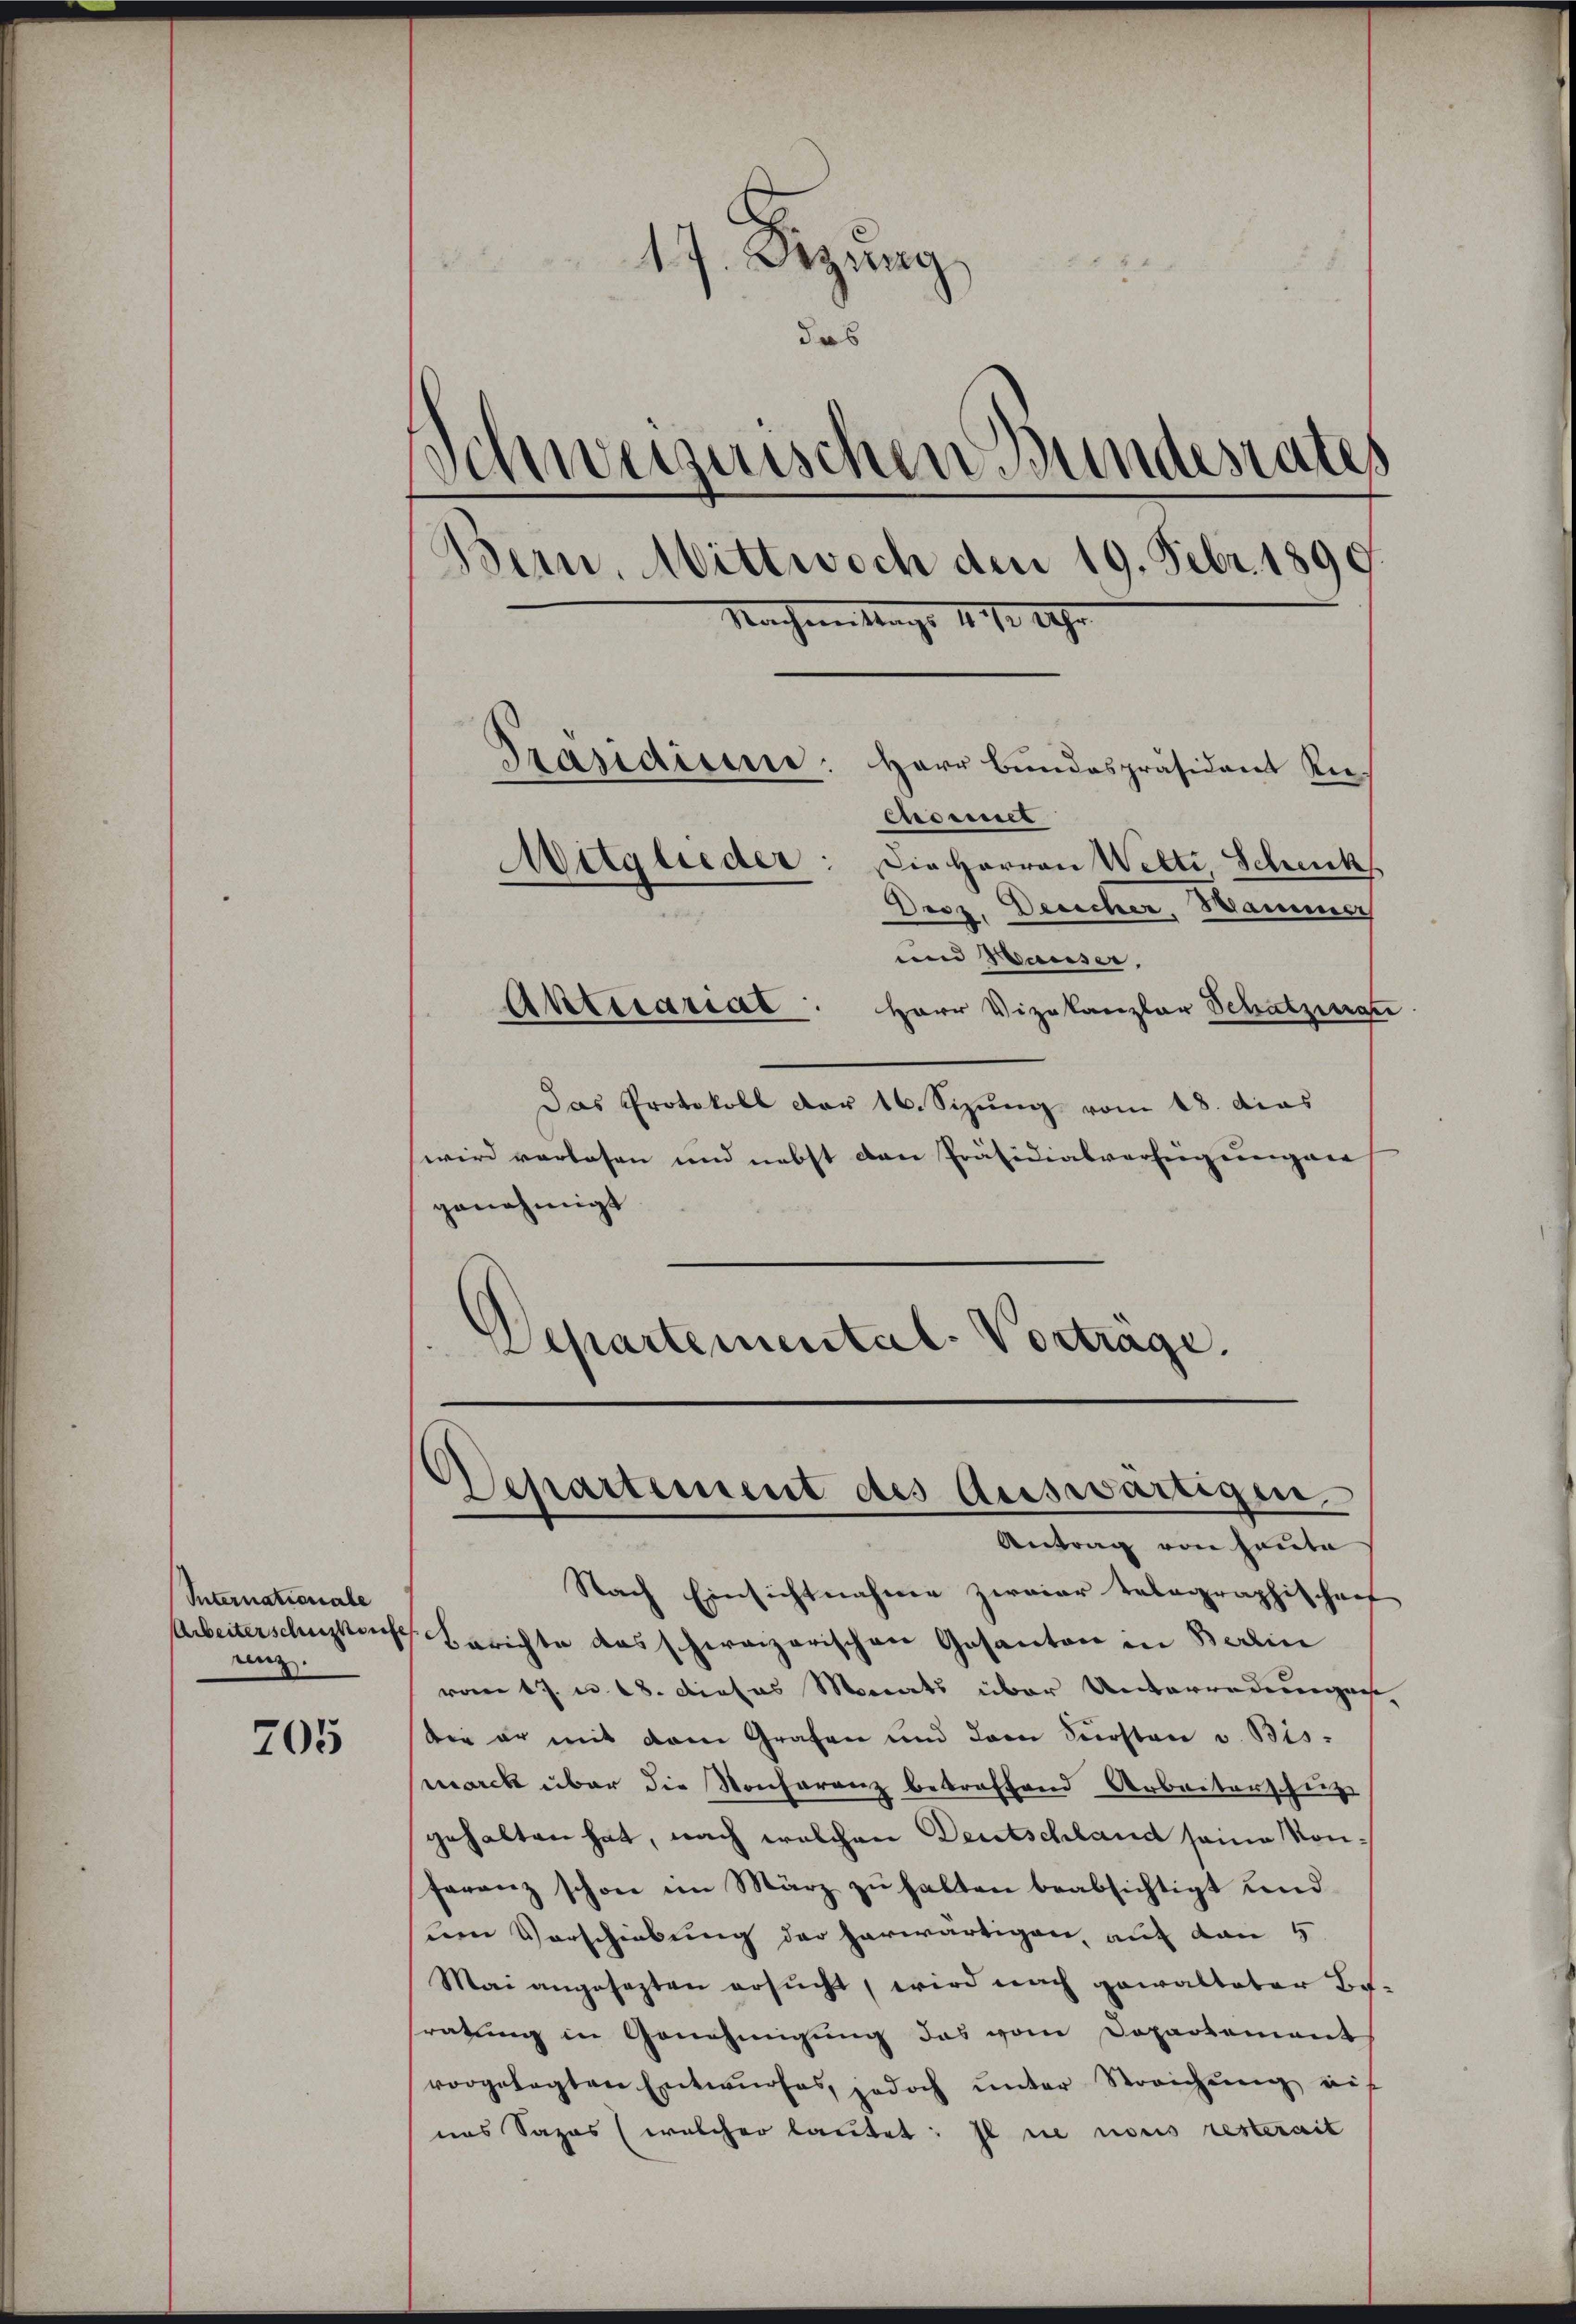
Internationale
Arbeiterschuskaufe
renz

205

17. Dezung
.

)
das
d
chweiguischen Bundesrates
Bern. Mittwoch den 19. Febr. 1890
Nachmittags 1810 Uhr
Präsidisse: Herr Bundespräsident Rie¬
Cnomnes
Mitglieder: Die Herren Welti Schenk
Drez. Desicher, Hammer
und Hausser,

Aktuariat. Herr Vizekanzlar Schatzmann
Das Protokoll der 16. Sizung vom 18. dies
wird vorlesen und nebst den Präsidialvorsiegereiner
genehmigt
Departemental-Vortrage.

Departement des Auswärtigen,
Antrag von heute

Nach Einsichtnahme zweier telegraphischen
Berichte des schweizerischen Gesanton in Berlin
vom 17. u. 18. dieses Monats über Unterredungen
die er mit dem Grafen und dem Fürsten v. Bis-
marck über die Konferenz betreffend Arbeiterschinz
gehalten hat, nach welchen Deutschland seine Konfaranz schon im März zu halten beabsichtigt und
um Verschiebung der herwärtigen, auf den 5
Mai angesezten ersŭcht, wird nach gewalteter Be-
ratung in Genehmigung das vom Dopartement
vorgelegten Entwŭrfes, jedoch ŭnter Streichŭng auf
nas Sapas (welcher lautet: il ne nous resterait